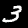
Digit: 3